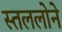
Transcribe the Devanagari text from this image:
स्तललोने